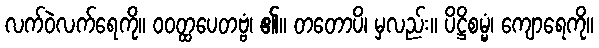
လက်ဝဲလက်ရေကို။ ဝဝတ္ထပေတဗ္ဗံ၊ ၏။ တတောပိ၊ မှလည်း။ ပိဋ္ဌိစမ္မံ၊ ကျောရေကို။